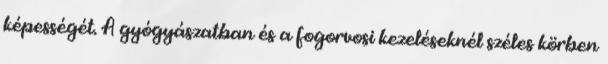
képességét. A gyógyászatban és a fogorvosi kezeléseknél széles körben